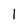
Character: 1